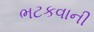
ભટકવાની